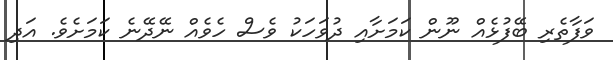
ވަފާތެރި ބޭފުޅެއް ނޫން ކަމަށާއި ދުވަހަކު ވެސް ހެވެއް ނޭދޭނެ ކަމަށެވެ. އަދި